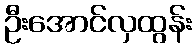
ဦးအောင်လှထွန်း